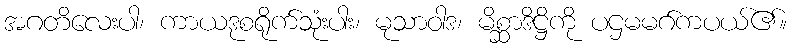
အဂတိလေးပါ၊ ကာယဒုစရိုက်သုံးပါး၊ မုသာဝါဒ၊ မိစ္ဆာဒိဋ္ဌိကို ပဌမမဂ်ကပယ်၏။